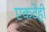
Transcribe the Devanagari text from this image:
एकटेही